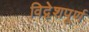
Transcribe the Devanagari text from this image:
विद्वेशपूर्ण